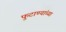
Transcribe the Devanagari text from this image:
फुटाण्यांच्या